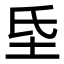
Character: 𭎁